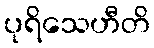
ပုရိသေဟီတိ